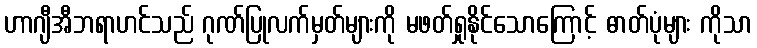
ဟာဂျီအီဘရာဟင်သည် ဂုဏ်ပြုလက်မှတ်များကို မဖတ်ရှုနိုင်သောကြောင့် ဓာတ်ပုံများ ကိုသာ